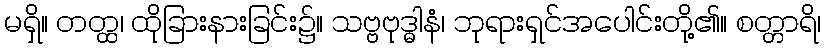
မရှိ။ တတ္ထ၊ ထိုခြားနားခြင်း၌။ သဗ္ဗဗုဒ္ဓါနံ၊ ဘုရားရှင်အပေါင်းတို့၏။ စတ္တာရိ၊